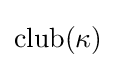
\operatorname {club} (\kappa )